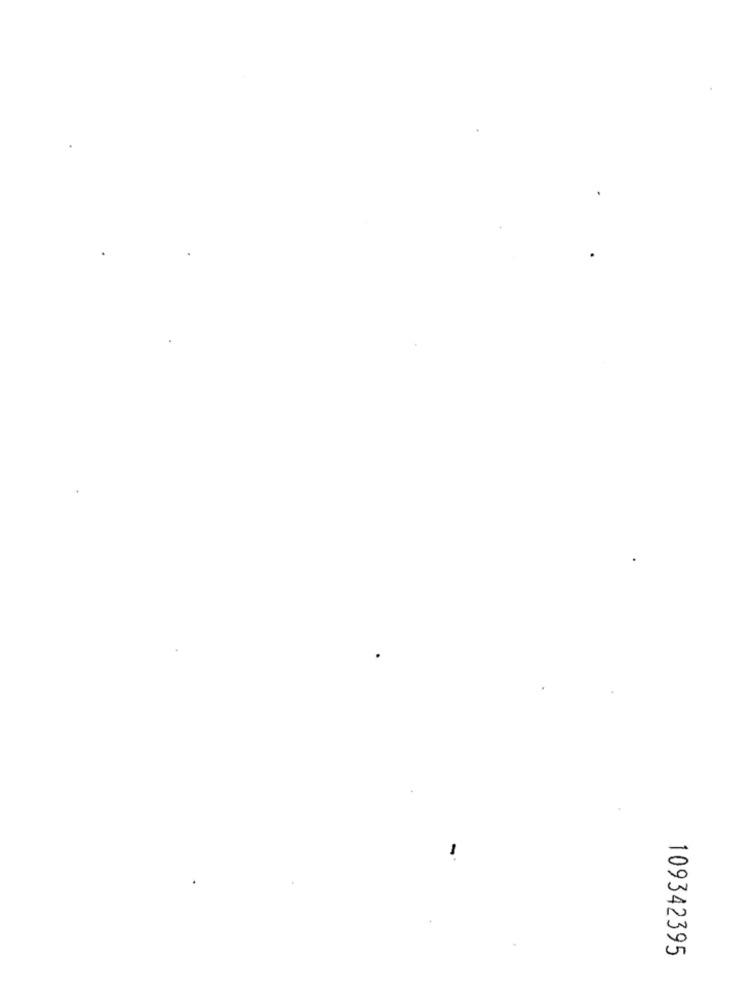
109342395